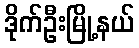
ဒိုက်ဦးမြို့နယ်